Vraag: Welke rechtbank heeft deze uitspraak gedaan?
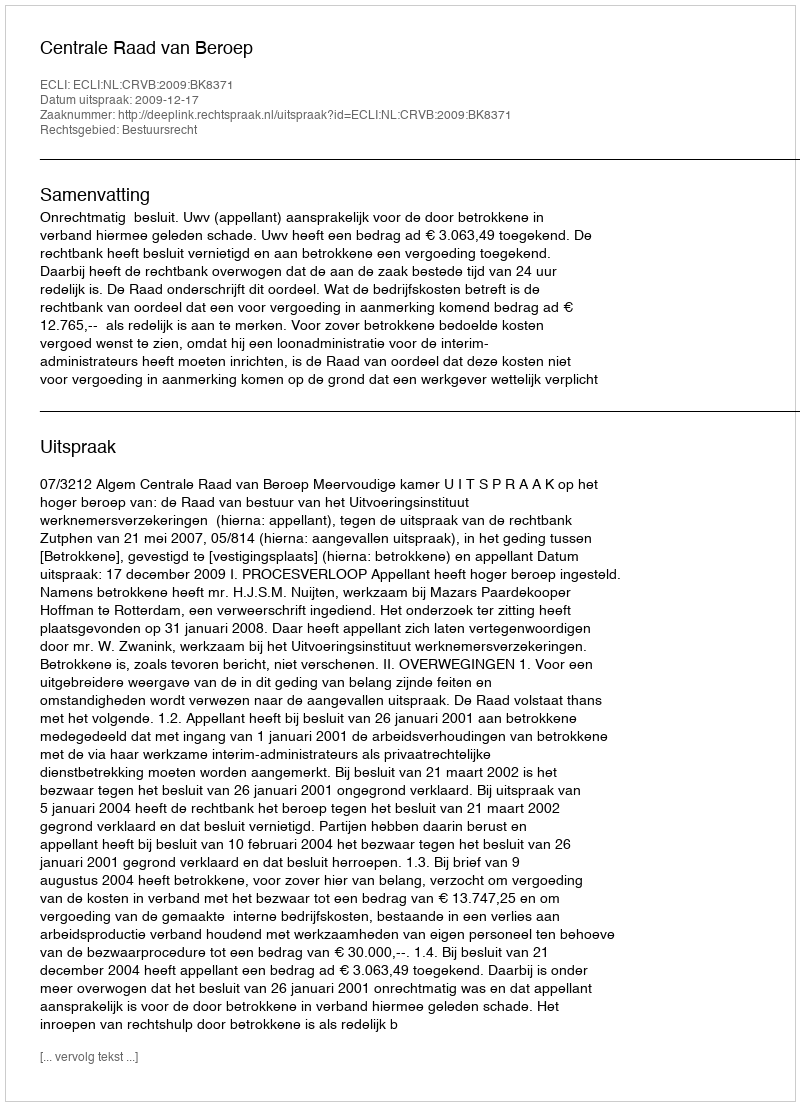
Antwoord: Centrale Raad van Beroep